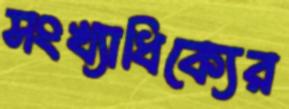
সংখ্যাধিক্যের